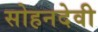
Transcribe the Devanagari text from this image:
सोहनदेवी